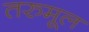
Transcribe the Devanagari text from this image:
तरुमूल